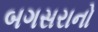
બગસરાનો